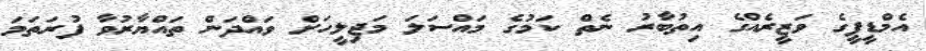
އެމްޑީޕީގެ ވަޒީރެއްގެ އިތުބާރު ނެތް ކަމުގެ މައްސަލަ މަޖިލީހަށް ވައްދަން ތައްޔާރުވާ ފުރަތަމަ